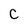
Character: C